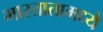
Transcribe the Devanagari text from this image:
भारतातामध्ये